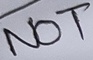
Text: NOT